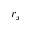
r _ { x }